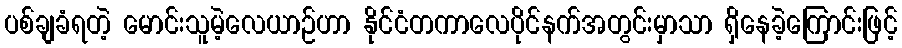
ပစ်ချခံရတဲ့ မောင်းသူမဲ့လေယာဉ်ဟာ နိုင်ငံတကာလေပိုင်နက်အတွင်းမှာသာ ရှိနေခဲ့ကြောင်းဖြင့်